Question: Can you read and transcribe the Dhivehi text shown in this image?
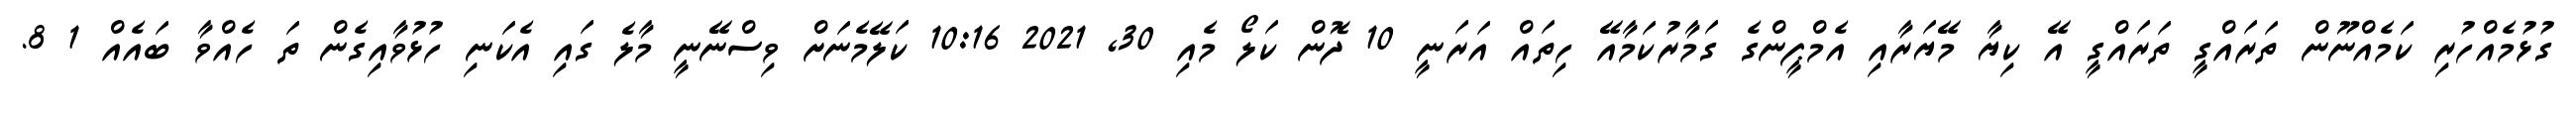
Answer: ގުޅުމެއްހުރި ކަމެއްނޫން ތަރައްގީ ތަރައްގީ އޭ ކިޔާ މޭޔަރާއި އެމްޕީންގެ ގަމާރުކަމާއޭ ހިތައް އަރަނީ 10 ދޮން ކަލޯ މެއި 30, 2021 10:16 ކަލޭމެނަށް ވިސްނޭނީ މާލެ ގައި އެކަނި ހުޅުވާއިގެން ތަ ހެއްވާ ބައެއް 1 8.